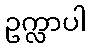
ဥက္လာပါ